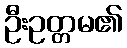
ဦးဥတ္တမ၏